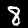
Digit: 8